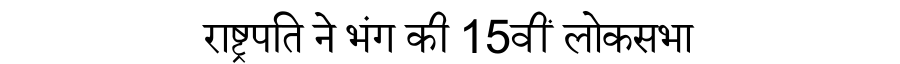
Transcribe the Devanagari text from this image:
राष्ट्रपति ने भंग की 15वीं लोकसभा